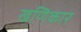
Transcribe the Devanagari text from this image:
खणिकार